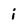
Character: i